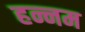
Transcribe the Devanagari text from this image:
हन्नम